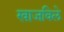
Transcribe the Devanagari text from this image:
खाजविले